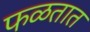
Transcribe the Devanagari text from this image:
फळतात